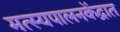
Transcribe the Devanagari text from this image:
मत्स्यपालनकेंद्रात